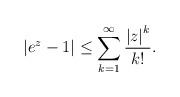
LaTeX: \begin{align*}\left\vert e^{z}-1\right\vert \leq \sum\limits_{k=1}^{\infty }{\dfrac{\left\vert z\right\vert ^{k}}{k!}.} \end{align*}